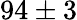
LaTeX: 94\pm 3